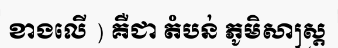
ខាងលើ ) គឺជា តំបន់ ភូមិសាស្ត្រ